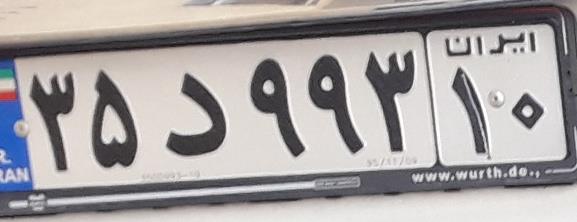
۳۵د۹۹۳۱۰